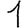
Digit: 1